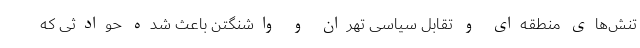
تنش‌های منطقه‌ای و تقابل سیاسی تهران و واشنگتن باعث شده حوادثی که